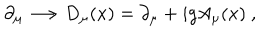
\partial _ { \mu } \longrightarrow D _ { \mu } ( x ) = \partial _ { \mu } + i g A _ { \mu } ( x ) \ ,